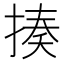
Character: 揍